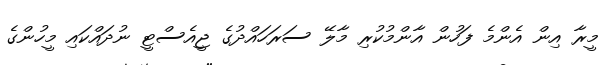
މީރާ އިން އެންމެ ފަހުން އާންމުކުރި މާލޭ ސަރަހައްދުގެ ޖީއެސްޓީ ނުދައްކައި މީހުންގެ